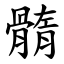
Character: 䯝